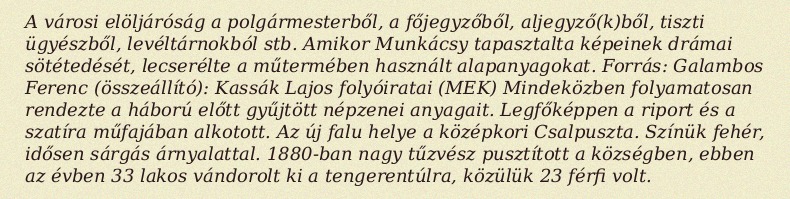
A városi elöljáróság a polgármesterből, a főjegyzőből, aljegyző(k)ből, tiszti ügyészből, levéltárnokból stb. Amikor Munkácsy tapasztalta képeinek drámai sötétedését, lecserélte a műtermében használt alapanyagokat. Forrás: Galambos Ferenc (összeállító): Kassák Lajos folyóiratai (MEK) Mindeközben folyamatosan rendezte a háború előtt gyűjtött népzenei anyagait. Legfőképpen a riport és a szatíra műfajában alkotott. Az új falu helye a középkori Csalpuszta. Színük fehér, idősen sárgás árnyalattal. 1880-ban nagy tűzvész pusztított a községben, ebben az évben 33 lakos vándorolt ki a tengerentúlra, közülük 23 férfi volt.